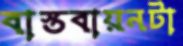
বাস্তবায়নটা